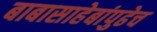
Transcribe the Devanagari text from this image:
बाबासाहेबांपुढेच